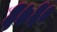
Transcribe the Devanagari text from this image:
६७६०